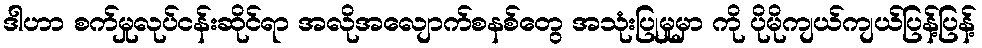
ဒါဟာ စက်မှုလုပ်ငန်းဆိုင်ရာ အလိုအလျောက်စနစ်တွေ အသုံးပြုမှုမှာ ကို ပိုမိုကျယ်ကျယ်ပြန့်ပြန့်